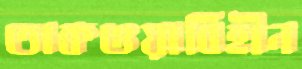
তাকওয়াবিহীন